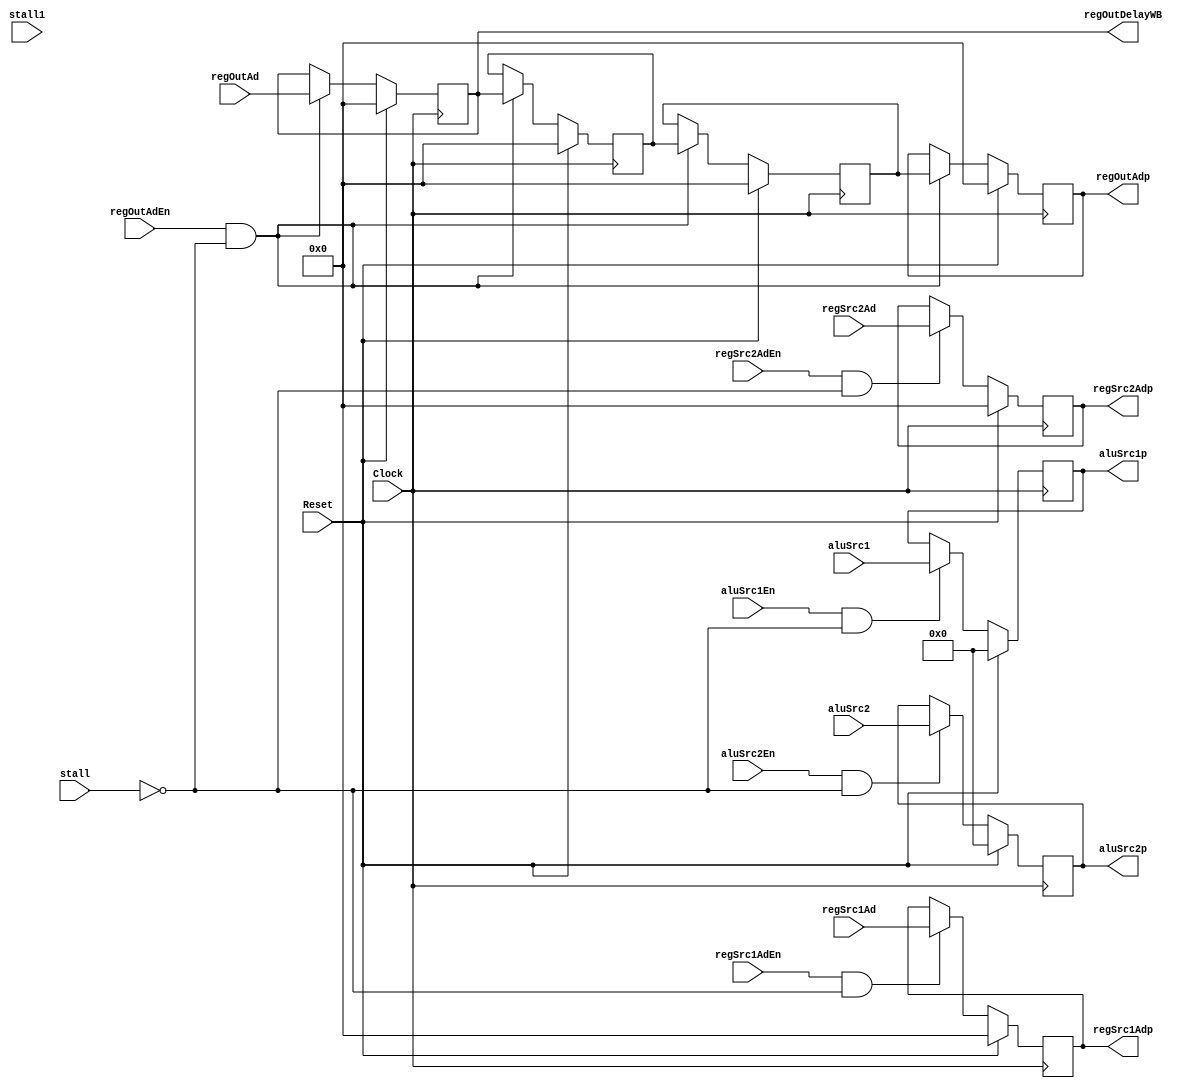
module PipelineReg(input Clock,Reset,regSrc1AdEn,regSrc2AdEn,regOutAdEn,aluSrc1En,aluSrc2En,stall,stall1,
						 input [3:0] regSrc1Ad,regSrc2Ad,regOutAd,
						 input [31:0] aluSrc1, aluSrc2,
						 output reg [3:0] regSrc1Adp,regSrc2Adp,regOutAdp,regOutDelayWB,
						 output reg[31:0] aluSrc1p,aluSrc2p
						 );
 
 reg [3:0] regOutDelay[1:0];
 
 
 always @ (posedge Clock)
 begin
	if(Reset)
	begin
		regSrc1Adp <= 0;
		regSrc2Adp <= 0;
		regOutAdp <= 0;
      aluSrc1p <= 0;
		aluSrc2p <= 0;	
		regOutDelay[0] <= 0;
		regOutDelay[1] <= 0;
		regOutDelayWB <= 0;
		
   end
	else
	begin
		if(aluSrc1En && !stall )
			aluSrc1p <= aluSrc1;
		else
			aluSrc1p <= aluSrc1p;
		
		if(aluSrc2En && !stall)
			aluSrc2p <= aluSrc2;
		else
			aluSrc2p <= aluSrc2p;
			
		if(regSrc1AdEn && !stall)
			regSrc1Adp <= regSrc1Ad;
		else
			regSrc1Adp <= regSrc1Adp;
			
		if(regSrc2AdEn && !stall)
			regSrc2Adp <= regSrc2Ad;
		else
			regSrc2Adp <= regSrc2Adp;	
		
	
		if(regOutAdEn && !stall)
		begin
			
				regOutDelayWB <= regOutAd;
				regOutDelay[0] <= regOutDelayWB;
				regOutDelay[1] <= regOutDelay[0]	;
				regOutAdp <= regOutDelay[1];
			
		end
		else
		begin
				regOutDelayWB <= regOutDelayWB;
				regOutDelay[0] <= regOutDelay[0];
				regOutDelay[1] <= regOutDelay[1]	;
				regOutAdp <= regOutAdp;
		end
    end	
 end

endmodule